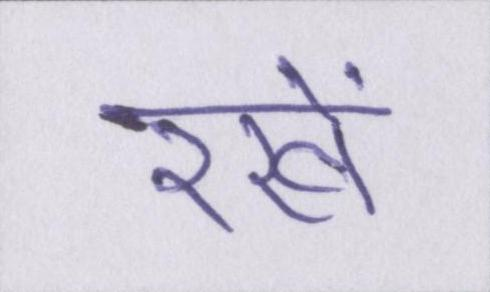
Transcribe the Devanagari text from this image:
रखें